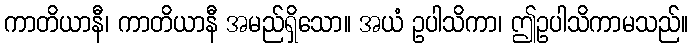
ကာတိယာနီ၊ ကာတိယာနီ အမည်ရှိသော။ အယံ ဥပါသိကာ၊ ဤဥပါသိကာမသည်။